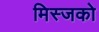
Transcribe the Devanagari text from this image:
मिस्जको